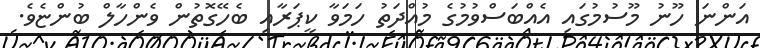
އަންނަ ހޫނު މޫސުމުގައި އެއްބަސްވުމުގެ މުއްދަތު ހަމަވާ ކީޕަރާއި ބެހޭގޮތުން ވެންހާލް ބުންޏެވެ.